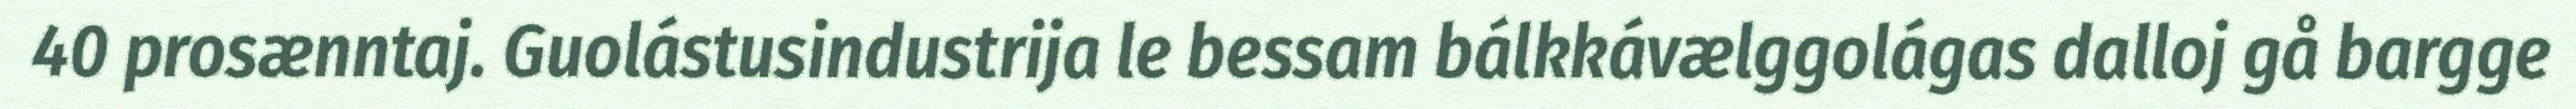
40 prosænntaj. Guolástusindustrija le bessam bálkkávælggolágas dalloj gå bargge